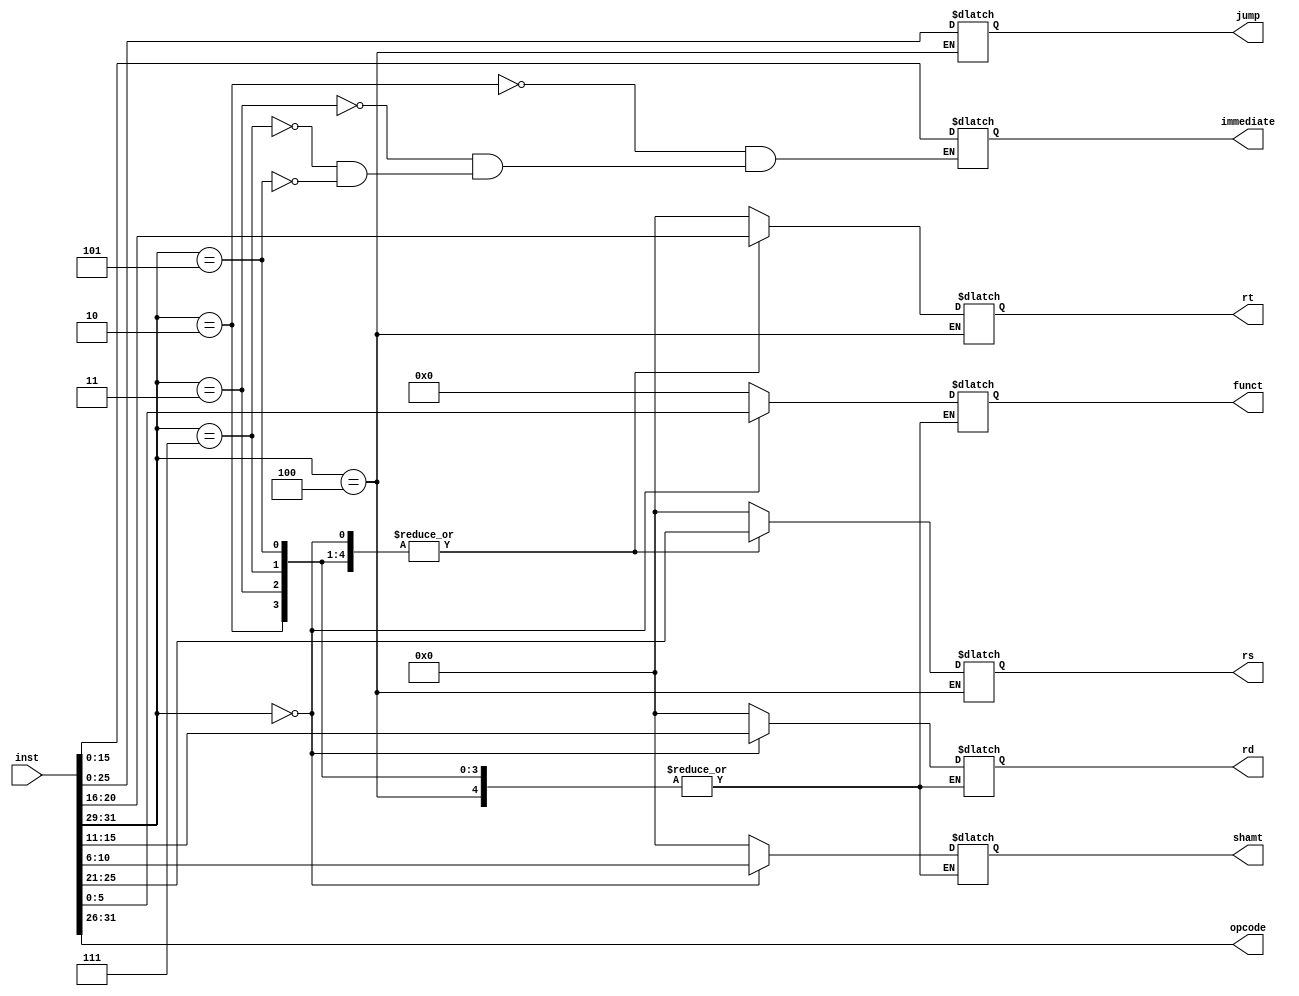
`timescale 1ns / 1ps
module decoder (
  input [31:0] inst,
  output [5:0] opcode,
  output [5:0] funct,
  output [4:0] rd, rs, rt, shamt,
  output [15:0] immediate,
  output [25:0] jump
);

  assign opcode = inst[31:26];

  reg [4:0] rd_reg, rs_reg, rt_reg, shamt_reg;
  reg [5:0] funct_reg;
  reg [15:0] imm;
  reg [25:0] j;

  always @(*) begin
    case (opcode[5:3])
      3'b000: begin // R-type instructions
        funct_reg = inst[5:0];
        shamt_reg = inst[10:6];
        rd_reg = inst[15:11];
        rt_reg = inst[20:16];
        rs_reg = inst[25:21];
      end
      3'b100: begin     //j type
        j = inst[25:0];
      end
      3'b010: begin      //i type
        rt_reg = inst[20:16];
        rs_reg = inst[25:21];
        imm = inst[15:0];
      end
		3'b011: begin       //i type
		  rt_reg = inst[20:16];
        rs_reg = inst[25:21];
        imm = inst[15:0];
		  end
		3'b111:begin         //i type
		  rt_reg = inst[20:16];
        rs_reg = inst[25:21];
        imm = inst[15:0];
		  end
		 3'b101:begin         //i type
		  rt_reg = inst[20:16];
        rs_reg = inst[25:21];
        imm = inst[15:0];
		  end
      default: begin // Non-R-type instructions
        funct_reg = 6'b0;
        shamt_reg = 5'b0;
        rd_reg = 5'b0;
        rt_reg = 5'b0;
        rs_reg = 5'b0;
      end
    endcase
  end

  assign funct = funct_reg;
  assign shamt = shamt_reg;
  assign rd = rd_reg;
  assign rt = rt_reg;
  assign rs = rs_reg;
  assign jump = j;
  assign immediate = imm;

endmodule